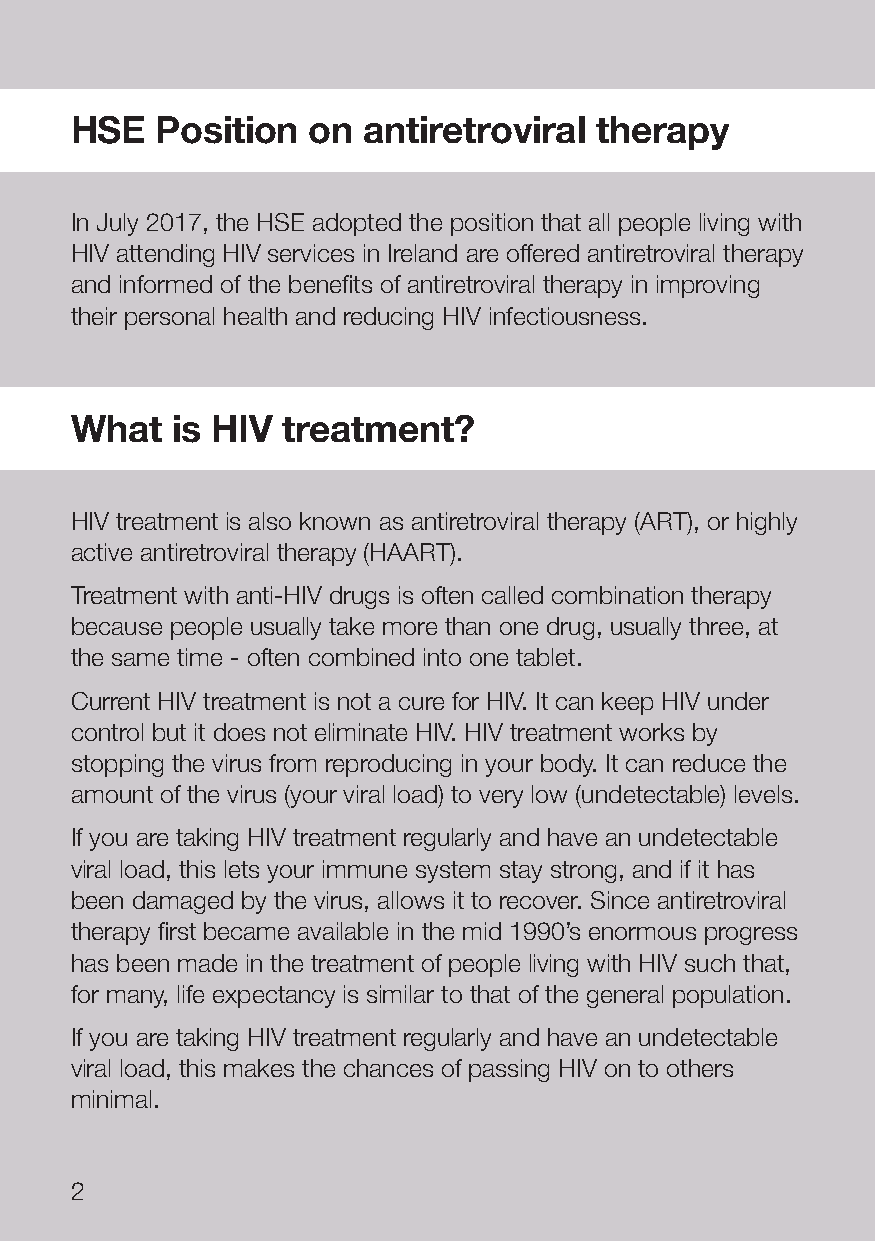
HSE  Position  on  antiretroviral therapy
 In July 2017, the HSE adopted the position that all people living with
 HIV attending HIV services in Ireland are offered antiretroviral therapy
 and informed of the benefits of antiretroviral therapy in improving
 their personal health and reducing HIV infectiousness.
 What  is HIV  treatment?
 HIV treatment is also known as antiretroviral therapy (ART), or highly
 active antiretroviral therapy (HAART).
 Treatment with anti-HIV drugs is often called combination therapy
 because people usually take more than one drug, usually three, at
 the same time - often combined into one tablet.
 Current HIV treatment is not a cure for HIV. It can keep HIV under
 control but it does not eliminate HIV. HIV treatment works by
 stopping the virus from reproducing in your body. It can reduce the
 amount of the virus (your viral load) to very low (undetectable) levels.
 If you are taking HIV treatment regularly and have an undetectable
 viral load, this lets your immune system stay strong, and if it has
 been damaged by the virus, allows it to recover. Since antiretroviral
 therapy first became available in the mid 1990’s enormous progress
 has been made in the treatment of people living with HIV such that,
 for many, life expectancy is similar to that of the general population.
 If you are taking HIV treatment regularly and have an undetectable
 viral load, this makes the chances of passing HIV on to others
 minimal.
 2